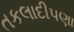
તકલાદીપણા